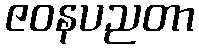
ဇဝနပညတာ